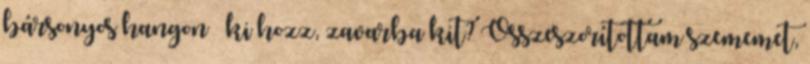
bársonyos hangon – ki hozz, zavarba kit? Összeszorítottam szememet,